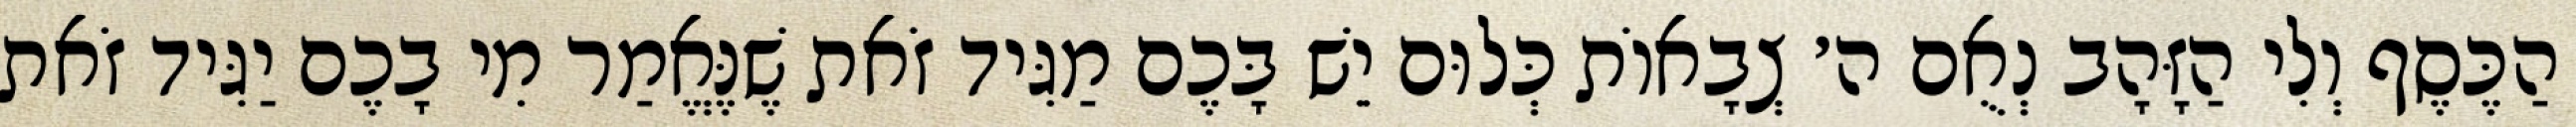
הַכֶּסֶף וְלִי הַזָּהָב נְאֻם ה׳ צְבָאוֹת כְּלוּם יֵשׁ בָּכֶם מַגִּיד זֹאת שֶׁנֶּאֱמַר מִי בָכֶם יַגִּיד זֹאת